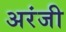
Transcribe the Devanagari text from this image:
अरंजी